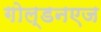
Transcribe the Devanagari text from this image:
गोल्डनएज